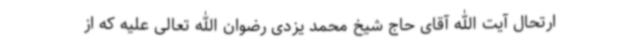
ارتحال آیت الله آقای حاج شیخ محمد یزدی رضوان الله تعالی علیه که از